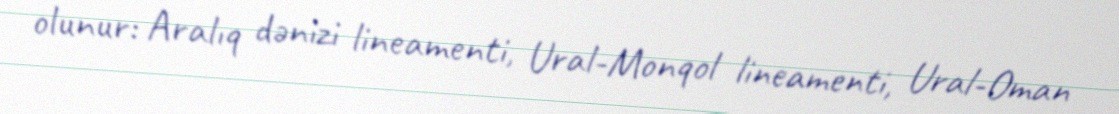
olunur: Aralıq dənizi lineamenti, Ural-Monqol lineamenti, Ural-Oman